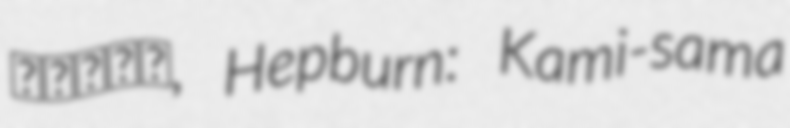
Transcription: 神様だもの, Hepburn: Kami-sama